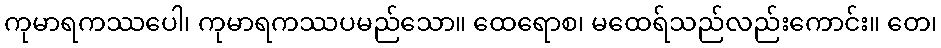
ကုမာရကဿပေါ၊ ကုမာရကဿပမည်သော။ ထေရောစ၊ မထေရ်သည်လည်းကောင်း။ တေ၊